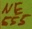
Text: 555